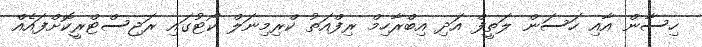
ހިސާން އާއި ހަސަން ލަތީފް އަދި އިބްރާހިމް ރިފްއަތު ކްރިމިނަލް ކޯޓުގައި ރަޖިސްޓްރީކޮށްފައެއް